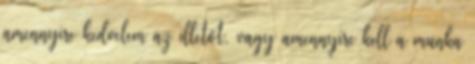
amennyire kedvelem az illetőt, vagy amennyire kell a munka